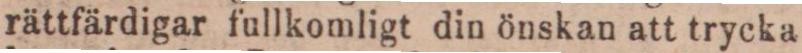
rättfärdigar fullkomligt din önskan att trycka